Note on the mental hospitals in Burma - 1925-1940
Year: 1925
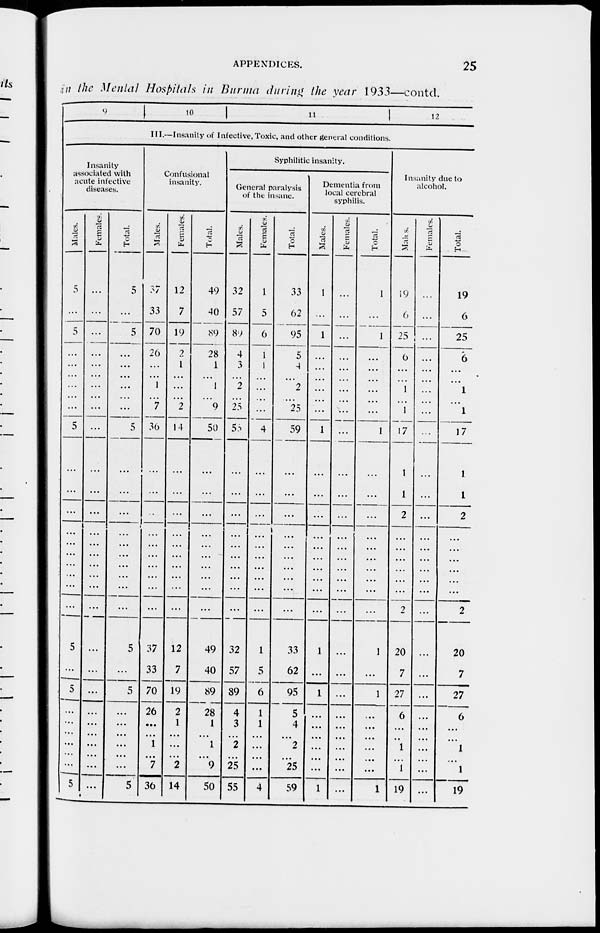
APPENDICES.
25
i n the Mental Hospitals in Burma during the year 1933—contd.
9
10
11
12
III.— Insanity of Infective,Toxic, and other genral conditions.
Insanity
associated with
acute infective
diseases.
Males.
5
...
5
...
...
...
...
...
...
5
...
...
...
...
...
...
...
...
...
...
5
...
5
...
...
...
...
...
...
5
Females.
...
...
...
...
...
...
...
...
...
...
...
...
...
...
...
...
...
...
...
...
...
...
...
...
...
...
...
...
...
...
Total.
5
...
5
...
...
...
...
...
...
5
...
...
...
...
...
...
...
...
...
...
5
...
5
...
...
...
...
...
...
5
Confusional
insanity.
Males.
37
33
70
26
...
...
1
...
7
36
...
...
...
...
...
...
...
...
...
...
37
33
70
26
...
...
1
...
7
36
Females.
12
7
19
2
1
...
...
...
2
14
...
...
...
...
...
...
...
...
...
...
12
7
19
2
1
...
...
...
2
14
Total.
49
40
89
28
1
...
1
...
9
50
...
...
...
...
...
...
...
...
...
...
49
40
89
28
1
...
1
...
9
50
Syphilitic insanity.
General paralysis
of the insane.
Males.
32
57
89
4
3
...
2
...
25
58
...
...
...
...
...
...
...
...
...
...
32
57
89
4
3
...
2
...
25
55
Females.
1
5
6
1
1
...
...
...
...
4
...
...
...
...
...
...
...
...
...
...
1
5
6
1
1
...
...
...
...
4
Total.
33
62
95
5
4
...
2
...
25
59
...
...
...
...
...
...
...
...
...
...
33
62
95
5
4
...
2
...
25
59
Dementia from
local cerebral
syphilis
Males.
1
...
1
...
...
...
...
...
...
1
...
...
...
...
...
...
...
...
...
...
1
...
1
...
...
...
...
...
...
1
Females.
...
...
...
...
...
...
...
...
...
...
...
...
...
...
...
...
...
...
...
...
...
...
...
...
...
...
...
...
...
...
Total.
1
...
1
...
...
...
...
...
...
1
...
...
...
...
...
...
...
...
...
...
1
...
1
...
...
...
...
...
...
1
Insanity due to
alcohol.
Males.
19
6
25
6
...
...
1
...
1
17
1
1
2
...
...
...
...
...
...
2
20
7
27
6
...
...
1
...
1
19
Females.
...
...
...
...
...
...
...
...
...
...
...
...
...
...
...
...
...
...
...
...
...
...
...
...
...
...
...
...
...
...
Total.
19
6
25
6
...
...
1
...
1
17
1
1
2
...
...
...
...
...
2
20
7
27
6
...
1
...
1
19